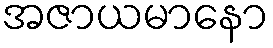
အဇာယမာနော